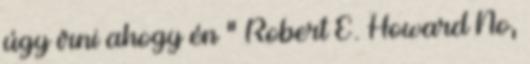
úgy írni ahogy én " Robert E. Howard No,